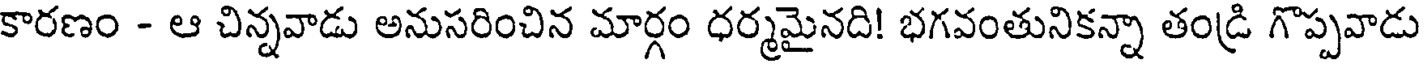
కారణం - ఆ చిన్నవాడు అనుసరించిన మార్గం ధర్మమైనది! భగవంతునికన్నా తండ్రి గొప్పవాడు